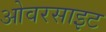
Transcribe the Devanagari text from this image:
ओवरसाइट